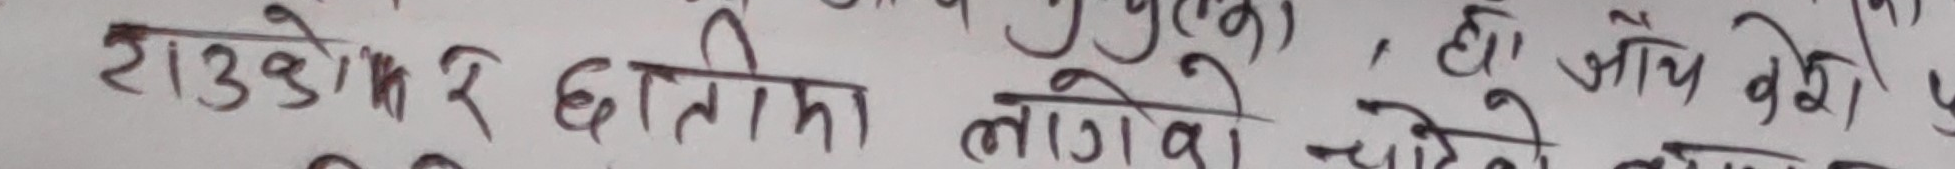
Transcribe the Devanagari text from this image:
राउडेर छातीमा लागिको चाहिने हो । जायज बेश